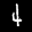
Label: 4